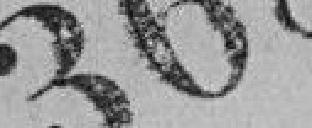
368